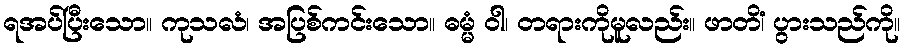
ရအပ်ပြီးသော။ ကုသလံ၊ အပြစ်ကင်းသော။ ဓမ္မံ ဝါ၊ တရားကိုမူလည်း။ ဖာတိံ၊ ပွားသည်ကို။